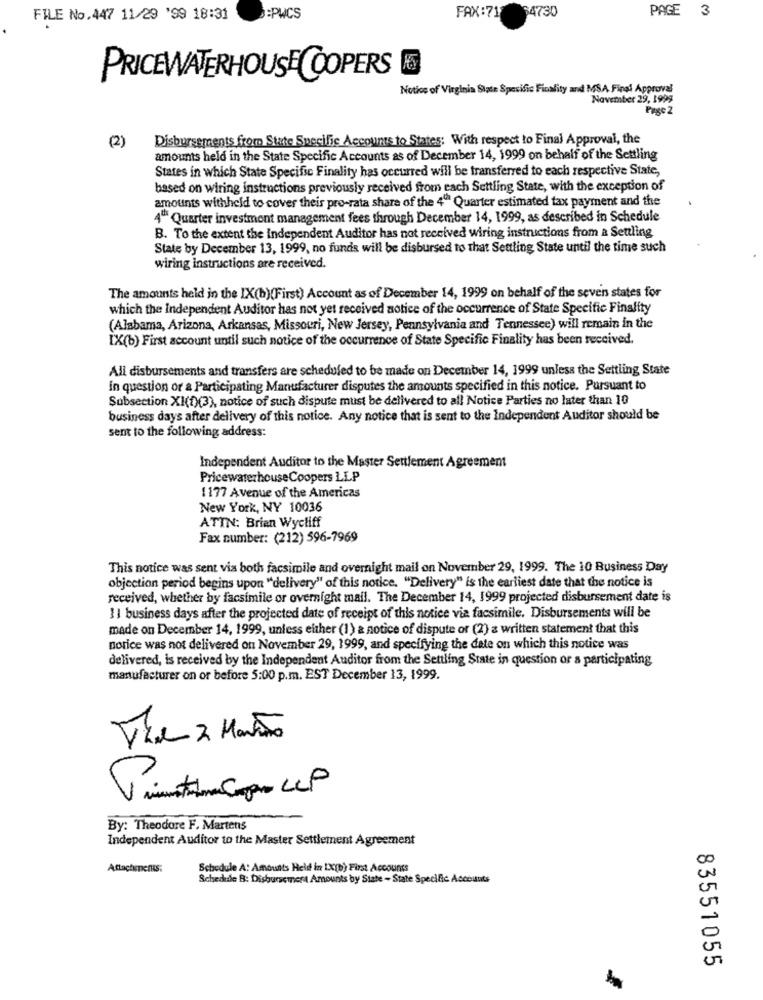
PAGE 3
FILE No.447 11/29 '99 18:31
:PWCS
FAX:71 64730
PRICEWATERHOUSE COOPERS
Notice of Virginia State Spesific Finality and MSA. Final Approval
November 29, 1999
Page 2
(2)
Disbursements from State Specific Accounts to States: With respect to Final Approval, the
amounts held in the State Specific Accounts as of December 14, 1999 on behalf of the Settling
States in which State Specific Finality has occurred will be transferred to each respective State,
based on wiring instructions previously received from each Settling State, with the exception of
amounts withheld to cover theis pro-rata share of the 4" Quarter estimated fax payment and the
4ª Quarter investment management fees through December 14, 1999, as described in Schedule
B. To the extent the Independent Auditor has not received wiring instructions from a Settling
State by December 13, 1999, no funds will be disbursed to that Settling State until the time such
wiring instructions are received.
The amounts held in the IX(b)(First) Account as of December 14, 1999 on behalf of the seven states for
which the Independent Auditor has not yet received notice of the occurrence of State Specific Finality
(Alabama, Arizona, Arkansas, Missouri, New Jersey, Pennsylvania and Tennessee) will remain in the
[X(b) First account until such notice of the occurrence of State Specific Finality has been received.
All disbursements and transfers are scheduled to be made on December 14, 1999 unless the Settling State
In question or a Participating Manufacturer disputes the amounts specified in this notice. Pursuant to
Subsection XI(1)(3), notice of such dispute must be delivered to all Notice Parties no later than 10
business days after delivery of this notice. Any notice that is sent to the Independent Auditor should be
sent to the following address:
Independent Auditor to the Master Settlement Agreement
PricewaterhouseCoopers LLP
1177 Avenue of the Americas
New York, NY 10036
ATTN: Brian Wycliff
Fax number: (212) 596-7969
This notice was sent via both facsimile and overnight mail on November 29, 1999. The 10 Business Day
objection period begins upon "delivery" of this notice. "Delivery" is the earliest date that the notice is
received, whether by facsimile or overnight mail. The December 14, 1999 projected disbursement date is
1| business days after the projected date of receipt of this notice via facsimile. Disbursements will be
made on December 14, 1999, unless either (1) & notice of dispute or (2) a written statement that this
norice was not delivered on November 29, 1999, and specifying the date on which this notice was
delivered, is received by the Independent Auditor from the Settling State in question or a participating
manufacturer on or before 5:00 p.m. EST December 13, 1999.
The 2 Monão
By: Theodore F. Martens
Independent Auditor to the Master Settlement Agreement
Attachments:
Schedule A: Amounts Held in IX(b) First Accounts
Schedule B: Disbursement Amounts by State - State Specific Accounts
83551055